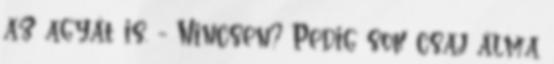
az agyát is. - Nincsen? Pedig sok csaj álma